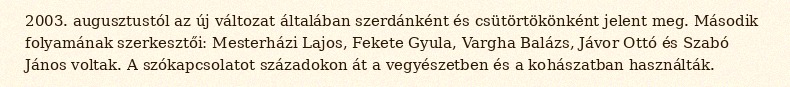
2003. augusztustól az új változat általában szerdánként és csütörtökönként jelent meg. Második folyamának szerkesztői: Mesterházi Lajos, Fekete Gyula, Vargha Balázs, Jávor Ottó és Szabó János voltak. A szókapcsolatot századokon át a vegyészetben és a kohászatban használták.